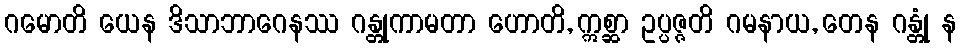
ဂမောတိ ယေန ဒိသာဘာဂေနဿ ဂန္တုကာမတာ ဟောတိ, ဣစ္ဆာ ဥပ္ပဇ္ဇတိ ဂမနာယ, တေန ဂန္တုံ န